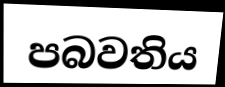
පබවතිය